Vaccination in Bombay 1863-1868 - 1863-1868
Year: 1863
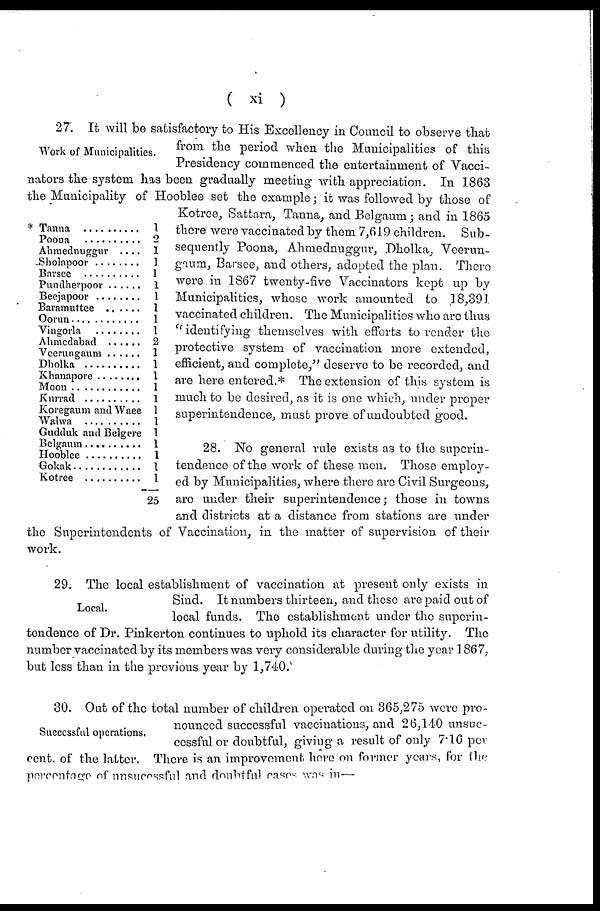
( xi )
Work of Municipalities.
* Tanna ..........
Poona ..........
Ahmednuggur ....
Sholapoor ........
Barsee ..........
Pundherpoor ......
Beejapoor ........
Baramuttee ......
Oorun ............
Vingorla ........
Ahmedabad ......
Veerungaum......
Dholka
Khanapora ........
Moon ............
Kurrad ........
Koregaum and Waee
Walwa ..........
Gudduk and Belgere
Belgaum ..........
Hooblee ..........
Gokak ............
Kotree ........
1
2
1
1
1
1
1
1
1
1
2
1
1
1
1
1
1
1
1
1
1
1
1
25
27. It will be satisfactory to His Excellency in Council to observe that
from the period when the Municipalities of this
Presidency commenced the entertainment of Vacci¬
nators the system has been gradually meeting with appreciation. In 1863
the Municipality of Hooblee set the example; it was followed by those of
Kotree, Sattara, Tanna, and Belgaum; and in 1865
there were vaccinated by them 7,619 children. Sub-
sequently Poona, Ahmednuggur, Dholka, Veerun¬
gaum, Barsee, and others, adopted the plan. There
were in 1867 twenty-five Vaccinators kept up by
Municipalities, whose work amounted to 18,391
vaccinated children. The Municipalities who are thus
" identifying themselves with efforts to render the
protective system of vaccination more extended,
efficient, and complete," deserve to be recorded, and
are here entered.* The extension of this system is
much to be desired, as it is one which, under proper
superintendence, must prove of undoubted good.
28. No general rule exists as to the superin-
tendence of the work of these men. Those employ-
ed by Municipalities, where there are Civil Surgeons,
are under their superintendence; those in towns
and districts at a distance from stations are under
the Superintendents of Vaccination, in the matter of supervision of their
work.
Local.
29. The local establishment of vaccination at present only exists in
Sind. It numbers thirteen, and these are paid out of
local funds. The establishment under the superin-
tendence of Dr. Pinkerton continues to uphold its character for utility. The
number vaccinated by its members was very considerable during the year 1867,
but less than in the previous year by 1,740.
Successful operations.
30. Out of the total number of children operated on 365,275 were pro-
nounced successful vaccinations, and 26,140 unsuc-
cessful or doubtful, giving a result of only 7.16 per
cent. of the latter. There is an improvement here on former years, for the
percentage of unsucessful and doubtful cases was in—